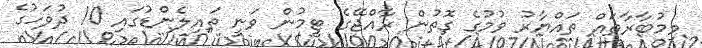
މިމުބާރާތައް ތައްޔާރު ވުމުގެ ގޮތުން ރާއްޖޭގެ ޓީމުން ވަނީ ތައިލެންޑުގައި 10 ދުވަހުގެ